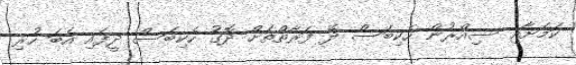
ކަމަށާއި ސިއްރުން ހެކިބަސް ދޭ ފަރާތްތަށް ދޮގު ހެކިބަސް ދީފައި އެބަ ހުރި